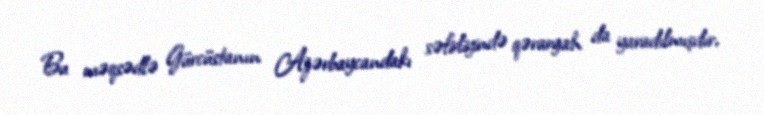
Bu məqsədlə Gürcüstanın Azərbaycandakı səfirliyində qərargah da yaradılmışdır,